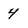
Character: 4